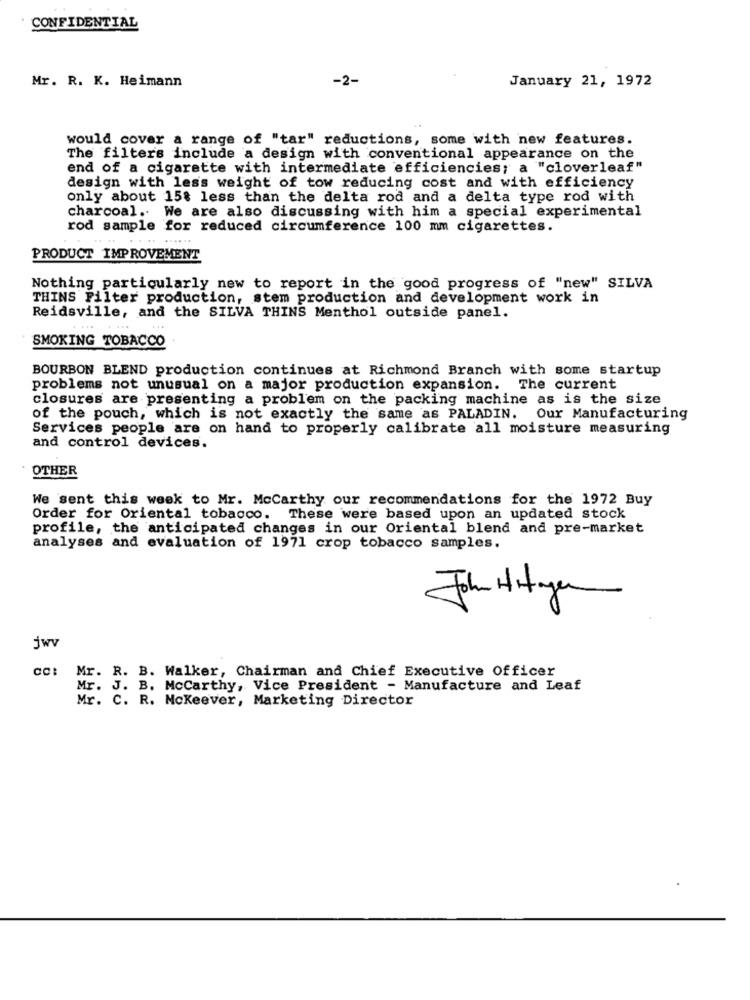
CONFIDENTIAL
Mr. R. K. Heimann
-2-
January 21, 1972
would cover a range of "tar" reductions, some with new features.
The filters include a design with conventional appearance on the
end of a cigarette with intermediate efficiencies; a "cloverleaf"
design with less weight of tow reducing cost and with efficiency
only about 15% less than the delta rod and a delta type rod with
charcoal. We are also discussing with him a special experimental
rod sample for reduced circumference 100 mm cigarettes.
PRODUCT IMPROVEMENT
Nothing particularly new to report in the good progress of "new" SILVA
THINS Filter production, stem production and development work in
Reidsville, and the SILVA THINS Menthol outside panel.
SMOKING TOBACCO
BOURBON BLEND production continues at Richmond Branch with some startup
problems not unusual on a major production expansion. The current
closures are presenting a problem on the packing machine as is the size
of the pouch, which is not exactly the same as PALADIN. Our Manufacturing
Services people are on hand to properly calibrate all moisture measuring
and control devices.
OTHER
We sent this week to Mr. Mccarthy our recommendations for the 1972 Buy
Order for Oriental tobacco. These were based upon an updated stock
profile, the anticipated changes in our Oriental blend and pre-market
analyses and evaluation of 1971 crop tobacco samples.
John Hityen
jwv
Mr. R. B. Walker, Chairman and Chief Executive Officer
Mr. J. B. Mccarthy, Vice President - Manufacture and Leaf
Mr. C. R. Mckeever, Marketing Director